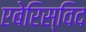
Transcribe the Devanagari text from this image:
एबेरिस्विद